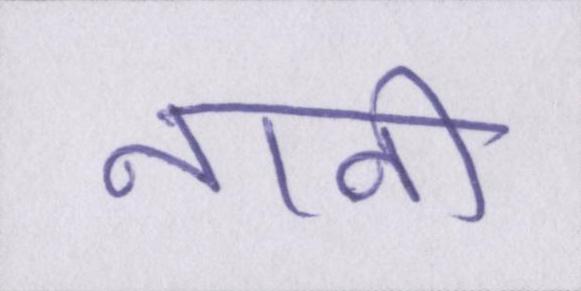
नानी